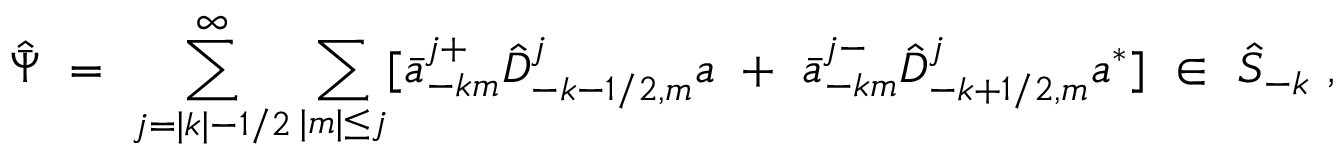
{ \hat { \bar { \Psi } } } \ = \ \sum _ { j = | k | - 1 / 2 } ^ { \infty } \sum _ { | m | \le j } [ { \bar { a } } _ { - k m } ^ { j + } { \hat { D } } _ { - k - 1 / 2 , m } ^ { j } a \ + \ { \bar { a } } _ { - k m } ^ { j - } { \hat { D } } _ { - k + 1 / 2 , m } ^ { j } a ^ { * } ] \ \in \ { \hat { \cal S } } _ { - k } \ ,